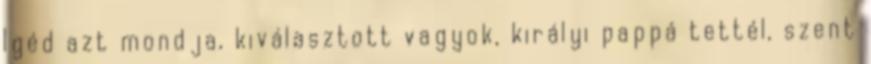
Igéd azt mondja, kiválasztott vagyok, királyi pappá tettél, szent